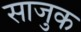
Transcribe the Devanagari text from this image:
साजुक